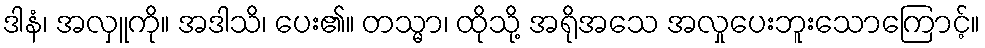
ဒါနံ၊ အလှူကို။ အဒါသိ၊ ပေး၏။ တသ္မာ၊ ထိုသို့ အရိုအသေ အလှုပေးဘူးသောကြောင့်။